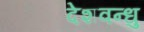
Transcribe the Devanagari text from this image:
देशवन्धु